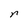
Character: r